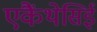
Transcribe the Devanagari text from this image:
एकैंथेसिई